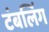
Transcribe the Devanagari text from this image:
टंबलिंग